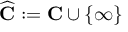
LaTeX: { \widehat { \mathbf { C } } } : = \mathbf { C } \cup \{ \infty \}